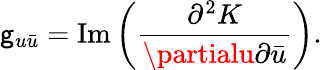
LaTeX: \mathsf{g}_{u\bar{{u}}}=\mathrm{{Im}}\left(\frac{{\partial^{2}K}}{{\partialu\partial\bar{{u}}}}\right).